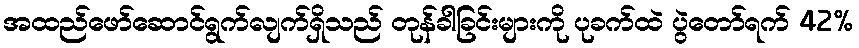
အထည်ဖော်ဆောင်ရွက်လျက်ရှိသည် တုန်ခါခြင်းများကို ပုခက်ထဲ ပွဲတော်ရက် 42%